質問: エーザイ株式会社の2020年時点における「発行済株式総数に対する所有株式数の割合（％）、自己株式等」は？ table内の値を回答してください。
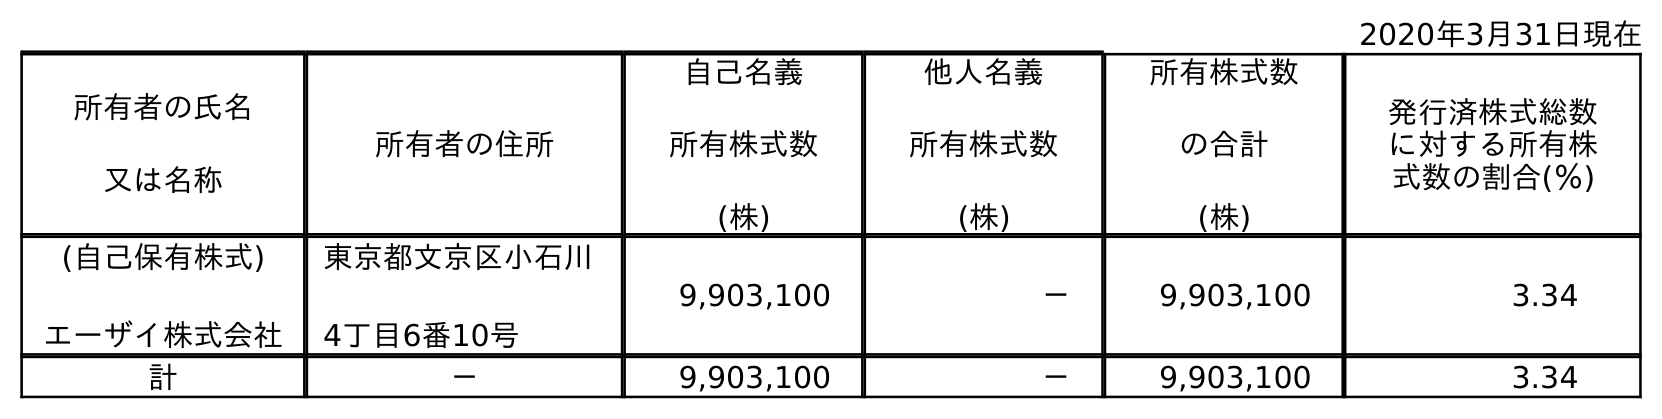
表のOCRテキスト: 2020年3月31日現在 所有者の氏名 又は名称 所有者の住所 自己名義 所有株式数 (株) 他人名義 所有株式数 (株) 所有株式数 の合計 (株) 発行済株式総数 に対する所有株 式数の割合(％) (自己保有株式) エーザイ株式会社 東京都文京区小石川 4丁目6番10号 9,903,100 － 9,903,100 3.34 計 － 9,903,100 － 9,903,100 3.34
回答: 3.34